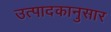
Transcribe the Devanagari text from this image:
उत्पादकानुसार